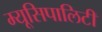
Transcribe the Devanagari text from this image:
म्यूसिपालिटी